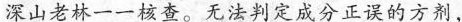
深山老林一一核查。无法判定成分正误的方剂，